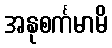
အနုစင်္ကမာမိ